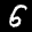
Label: 6